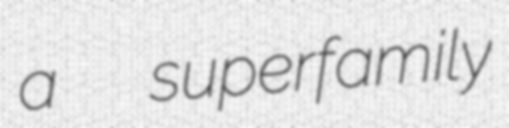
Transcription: a  superfamily